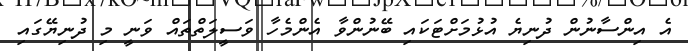
އެ އިންސާނުން ދުނިޔެ އުޅުމަށްޓަކައި ބޭނުންވާ އެންމެހާ ވަސީލަތްތައް ވަނީ މި ދުނިޔޭގައި